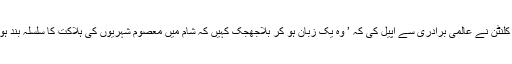
واضح طور پر چین اور روس کی جانب اشارہ کرتے ہوئے ہلیری کلنٹن نے عالمی برادری سے اپیل کی کہ ’ وہ یک زبان ہو کر بلاجھجک کہیں کہ شام میں معصوم شہریوں کی ہلاکت کا سلسلہ بند ہونا چاہیے اور سیاسی تبدیلی کا عمل ضرور شروع ہو جانا چاہیے‘۔